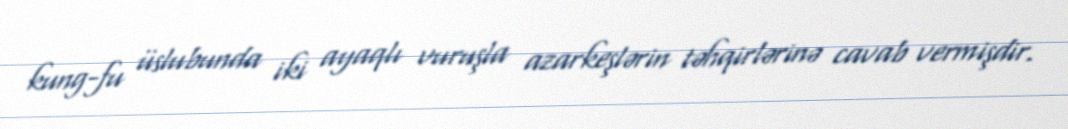
kung-fu üslubunda iki ayaqlı vuruşla azarkeşlərin təhqirlərinə cavab vermişdir.